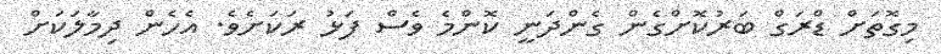
މިގޮތަށް ޑްރަގް ބަރުކޮށްގެން ގެންދަނީ ކޮންމެ ވެސް ފަޅު ރަކަށެވެ. އެހެން ދިމާލަކަށް